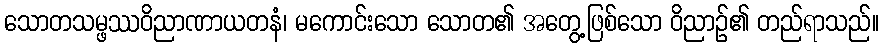
သောတသမ္ဖဿဝိညာဏာယတနံ၊ မကောင်းသော သောတ၏ အတွေ့ဖြစ်သော ဝိညာဉ်၏ တည်ရာသည်။